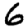
Digit: 6